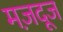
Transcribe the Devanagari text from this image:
मज़दूज